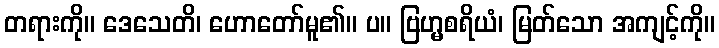
တရားကို။ ဒေသေတိ၊ ဟောတော်မူ၏။ ပ။ ဗြဟ္မစရိယံ၊ မြတ်သော အကျင့်ကို။